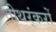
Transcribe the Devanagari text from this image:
तीथर्ंकरों